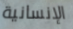
الإنسانية